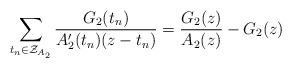
LaTeX: \begin{align*}\sum_{t_n \in \mathcal{Z}_{A_2}} \frac{G_2(t_n)}{A_2'(t_n)(z-t_n)} = \frac{G_2(z)}{A_2(z)} - G_2(z)\end{align*}